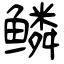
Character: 鳞